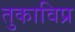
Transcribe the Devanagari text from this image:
तुकाविप्र